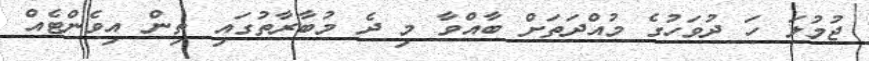
ޖުމުލަ ހަ ދުވަހުގެ މުއްދަތަށް ބާއްވާ މި ދެ މުބާރާތުގައި ތިން އިވެންޓެއް